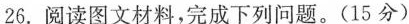
26.阅读图文材料，完成下列问题。(15分)